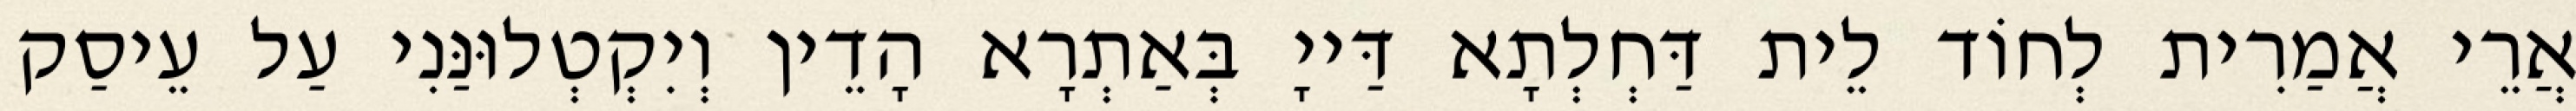
אֲרֵי אֲמַרִית לְחוֹד לֵית דַּחְלְתָא דַּייָ בְּאַתְרָא הָדֵין וְיִקְטְלוּנַּנִי עַל עֵיסַק